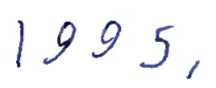
Text: 1995,
Cross-out: clean
Writing tool: ballpoint